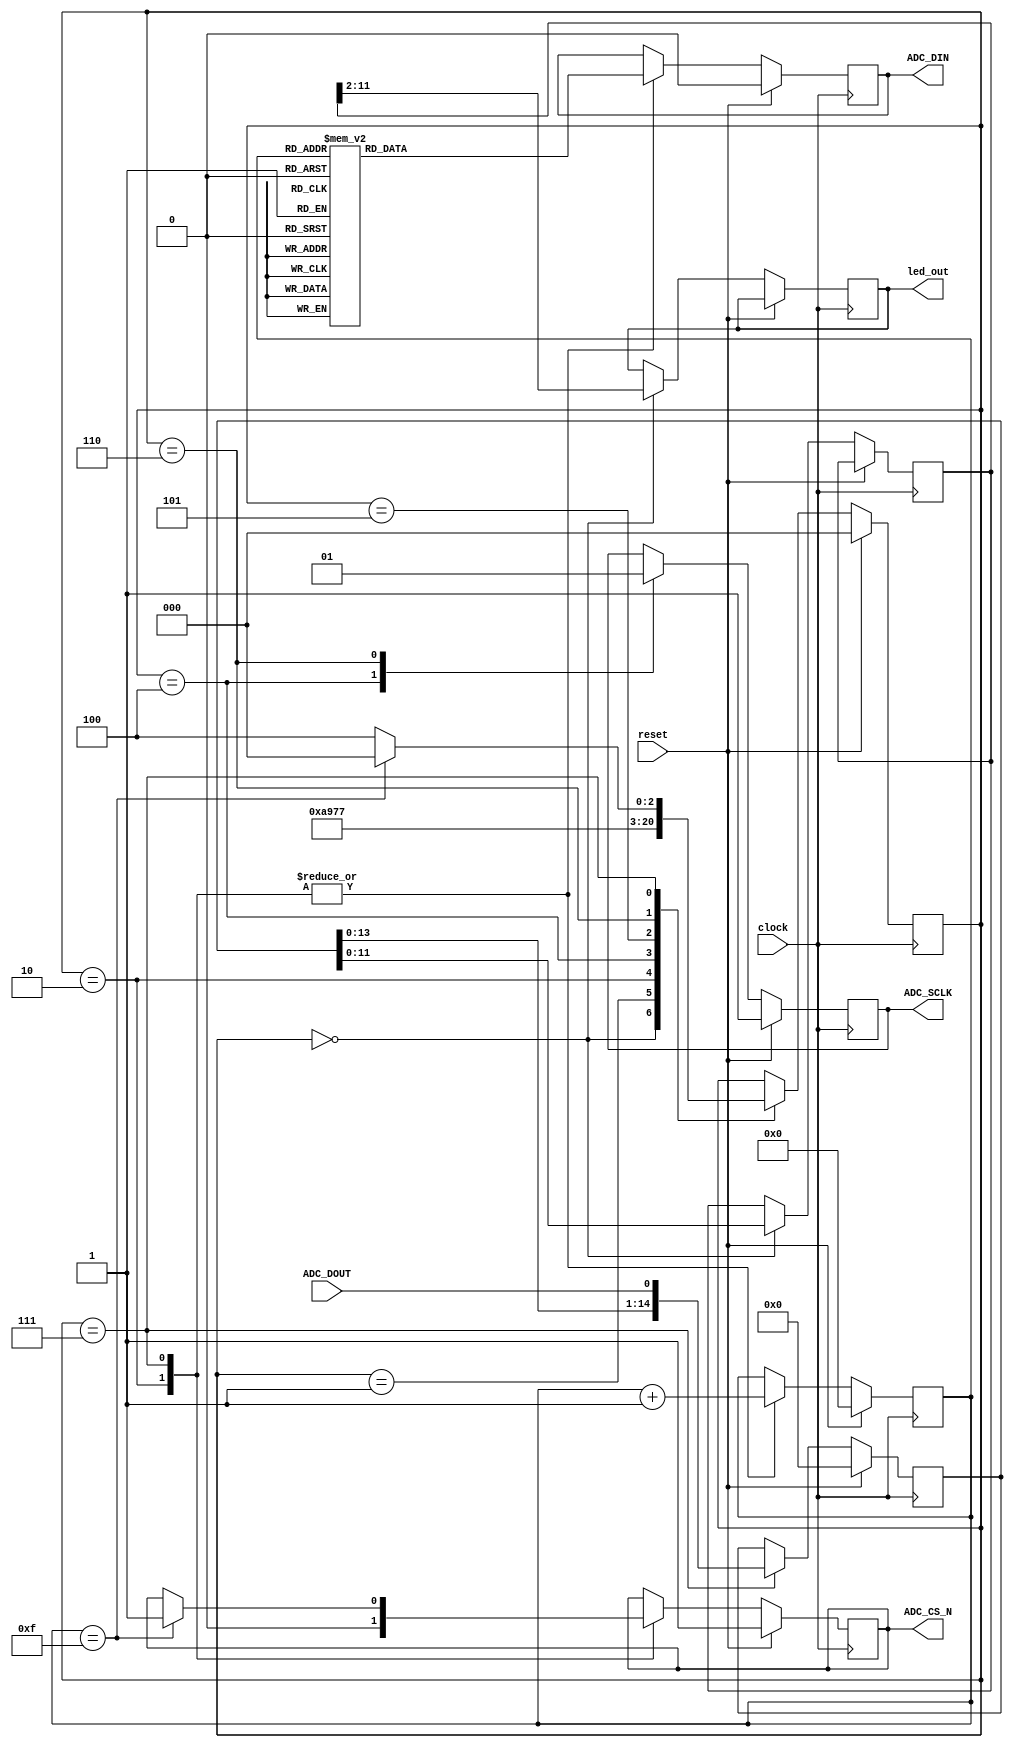
/*
Description:
Driver for AD7928 ADC on DE1_SoC board.
See accompanying tutorial document for details.
*/

module adc

	// parameters
	// range (0: 0V-5V, 1: 0V-2.5V)
	// coding (0: two's complement, 1: straight binary)
	#(parameter CODING = 1'b1, parameter RANGE = 1'b0)
	
	// inputs and outputs
	(clock, reset, ADC_CS_N, ADC_DIN, ADC_SCLK, ADC_DOUT,led_out);

	// interface inputs / outputs
	input clock, reset;          // clock (50MHz) and reset
	reg [11:0] data;        //output reg       // ADC data out, 8 channels, 12 bits per channel
	// connect to top level pins
	output reg ADC_CS_N;         // ADC chip selection
	output reg ADC_DIN;          // ADC serial data in (to ADC)
	output reg ADC_SCLK;         // ADC serial clock
	input ADC_DOUT;              // ADC serial data out (from ADC)
	
	output reg [9:0] led_out;
	
	// states
	parameter QUIET0 = 3'b000, QUIET1 = 3'b001, QUIET2 = 3'b010;
	parameter CYCLE0 = 3'b100, CYCLE1 = 3'b101, CYCLE2 = 3'b110, CYCLE3 = 3'b111;
	
	// internal state holding elements
	reg [2:0] state;   // present state
	reg [2:0] addr;    // present channel address
	reg [3:0] count;   // present count
	reg [14:0] buffer; // present buffer contents
	
	// initial values
	initial begin
		ADC_CS_N <= 1'b1;
		ADC_DIN <= 1'b0;
		ADC_SCLK <= 1'b1;
		state <= QUIET0;
		addr <= 3'b0;
		count <= 4'b0;
		buffer <= 15'b0;
		data <= 12'b0;
	end
	
	// intermediate values
	wire [3:0] count_incr; // count + 1    
	reg ctrl;              // present control bit
	
	// determine count_incr
	assign count_incr = count + 1'b1;
	
	// determine ctrl
	always @(*)
		case (count)
			4'b0000: // WRITE
				ctrl = 1'b1;
			4'b0001: // SEQ
				ctrl = 1'b0;
			4'b0010: // DON'T CARE
				ctrl = 1'bx;
			4'b0011: // ADD2
				ctrl = 0; //addr[2];
			4'b0100: // ADD1
				ctrl = 0; //addr[1];
			4'b0101: // ADD0
				ctrl = 0; //addr[0];
			4'b0110: // PM1
				ctrl = 1'b1;
			4'b0111: // PM0
				ctrl = 1'b1;
			4'b1000: // SHADOW
				ctrl = 1'b0;
			4'b1001: // DON'T CARE
				ctrl = 1'bx;
			4'b1010: // RANGE
				ctrl = RANGE;
			4'b1011: // CODING
				ctrl = CODING;
			default: // DON'T CARE
				ctrl = 1'bx;
		endcase
	
	// transitions for state holding elements
	always @(posedge clock)
		if (reset)
			begin
				ADC_CS_N <= 1'b1;
				ADC_DIN <= 1'b0;
				ADC_SCLK <= 1'b1;
				state <= QUIET0;
				addr <= 3'b0;
				count <= 4'b0;
				buffer <= 15'b0;
				//data <= 12'b0;
			end
		else
			begin
				case (state)
					QUIET0: // first clock cycle of quiet period, xfer buffer to data
						begin
							state <= QUIET1;
							data <= buffer[11:0];
							led_out <= data[11:2];
						end
					QUIET1:
						begin
							state <= QUIET2;
						end
					QUIET2: // end the quiet period by bringing CS low and setting up first data bit
						begin
							state <= CYCLE0;
							ADC_CS_N <= 1'b0;
							ADC_DIN <= ctrl;
							count <= count_incr;
						end
					CYCLE0: // first clock cycle of serial data xfer cycle, bring SCLK low
						begin
							state <= CYCLE1;
							ADC_SCLK <= 1'b0;
						end
					CYCLE1:
						begin
							state <= CYCLE2;
						end
					CYCLE2: // bring SCLK high
						begin
							state <= CYCLE3;
							ADC_SCLK <= 1'b1;
						end
					CYCLE3: // get data in and prepare for next cycle or transition back to quiet
						begin
							if (count == 4'b1111) // back to quiet
								begin
									state <= QUIET0;
									ADC_CS_N <= 1'b1;
									addr <= addr + 1'b1;
								end
							else
								begin
									state <= CYCLE0;
								end
							ADC_DIN <= ctrl;
							buffer <= {buffer[13:0], ADC_DOUT};
							count <= count_incr;
						end
				endcase
			end
endmodule